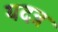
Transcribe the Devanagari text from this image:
यदत्र